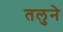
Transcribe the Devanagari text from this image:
तलुने